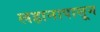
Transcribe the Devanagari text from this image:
लहानापासून